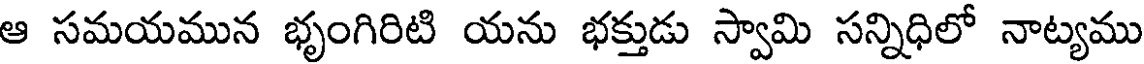
ఆ సమయమున భృంగిరిటి యను భక్తుడు స్వామి సన్నిధిలో నాట్యము